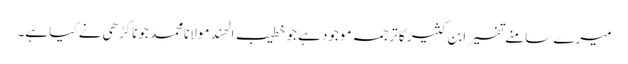
میرے سامنے تفسیر ابن کثیر کا ترجمہ موجود ہے جو خطیب الھند مولانامحمد جوناگڑھی نے کیا ہے۔